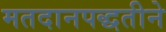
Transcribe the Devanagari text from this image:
मतदानपद्धतीने